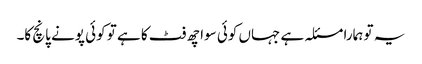
یہ تو ہمارا مسئلہ ہے جہاں کوئی سوا چھ فٹ کا ہے تو کوئی پونے پانچ کا۔